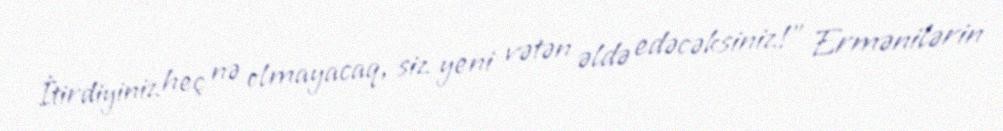
İtirdiyiniz heç nə olmayacaq, siz yeni vətən əldə edəcəksiniz!” Ermənilərin